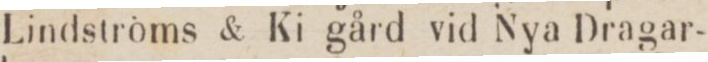
Lindströms & Ki gård vid Nya Dragar-